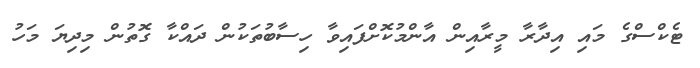
ޓެކްސްގެ މައި އިދާރާ މީރާއިން އާންމުކޮށްފައިވާ ހިސާބުތަކުން ދައްކާ ގޮތުން މިދިޔަ މަހު